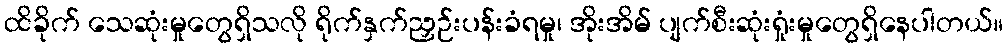
ထိခိုက် သေဆုံးမှုတွေရှိသလို ရိုက်နှက်ညှဉ်းပန်းခံရမှု၊ အိုးအိမ် ပျက်စီးဆုံးရှုံးမှုတွေရှိနေပါတယ်။